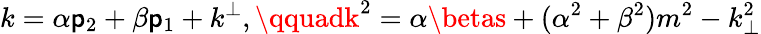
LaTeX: k=\alpha\mathsf{p}_{2}+\beta\mathsf{p}_{1}+k^{\perp},\qquadk^{2}=\alpha\betas+(\alpha^{2}+\beta^{2})m^{2}-k_{\perp}^{2}